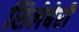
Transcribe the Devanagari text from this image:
सिलेबेरी